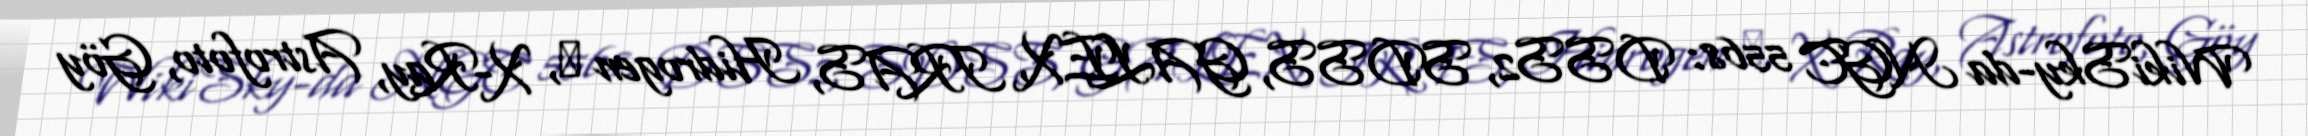
WikiSky-da NGC 5568: DSS2, SDSS, GALEX, IRAS, Hidrogen α, X-Ray, Astrofoto, Göy